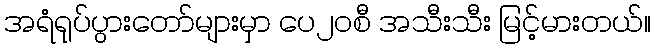
အရံရုပ်ပွားတော်များမှာ ပေ၂၀စီ အသီးသီး မြင့်မားတယ်။